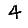
Digit: 4